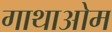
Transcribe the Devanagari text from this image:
गाथाओम